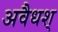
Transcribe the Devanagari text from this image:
अवैधश्